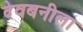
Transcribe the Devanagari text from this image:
देवबनीला